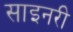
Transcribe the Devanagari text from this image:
साइनरी